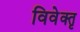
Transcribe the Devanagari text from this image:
विवेक्तृ